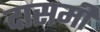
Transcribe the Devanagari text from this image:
दासमी